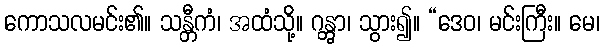
ကောသလမင်း၏။ သန္တီကံ၊ အထံသို့။ ဂန္တွာ၊ သွား၍။ “ဒေဝ၊ မင်းကြီး။ မေ၊